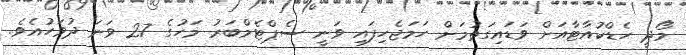
މޯދީ ހެޑްކުއާޓާއަށް ވަޑައިގަތުމަށް ހަމަޖެހިފައި ވަނީ ސެޕްޓެމްބަރު މަހުގެ 27 ވަނަ ދުވަހުއެވެ.